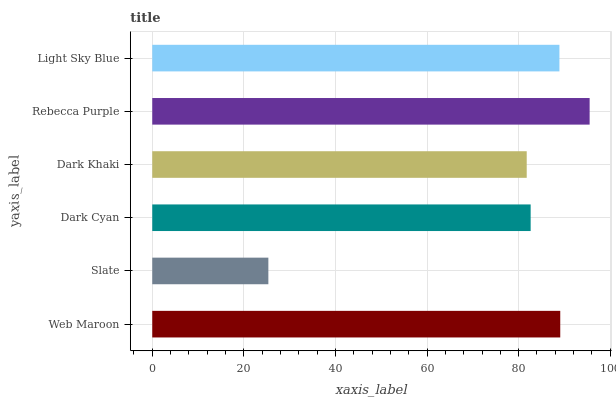
| yaxis_label | bars |
 | --- | --- |
 | Web Maroon | 89.1 |
 | Slate | 25.4 |
 | Dark Cyan | 82.6 |
 | Dark Khaki | 81.8 |
 | Rebecca Purple | 95.5 |
 | Light Sky Blue | 88.9 |